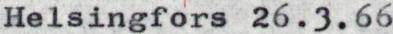
Helsingfors 26.3.66